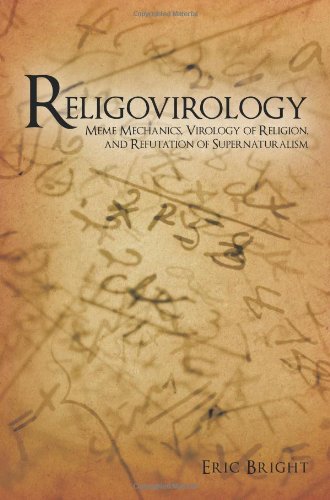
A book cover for Religovirology: Meme Mechanics, Virology of Religion, and Refutation of Supernaturalism; Eric Bright; Medical Books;